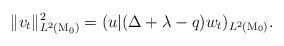
LaTeX: \begin{align*}\|v_t\|_{L^2(\mathrm{M}_0)}^2=(u|(\Delta +\lambda -q)w_t)_{L^2(\mathrm{M}_0)}.\end{align*}